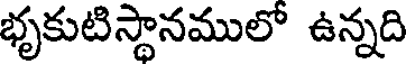
భృకుటిస్థానములో ఉన్నది